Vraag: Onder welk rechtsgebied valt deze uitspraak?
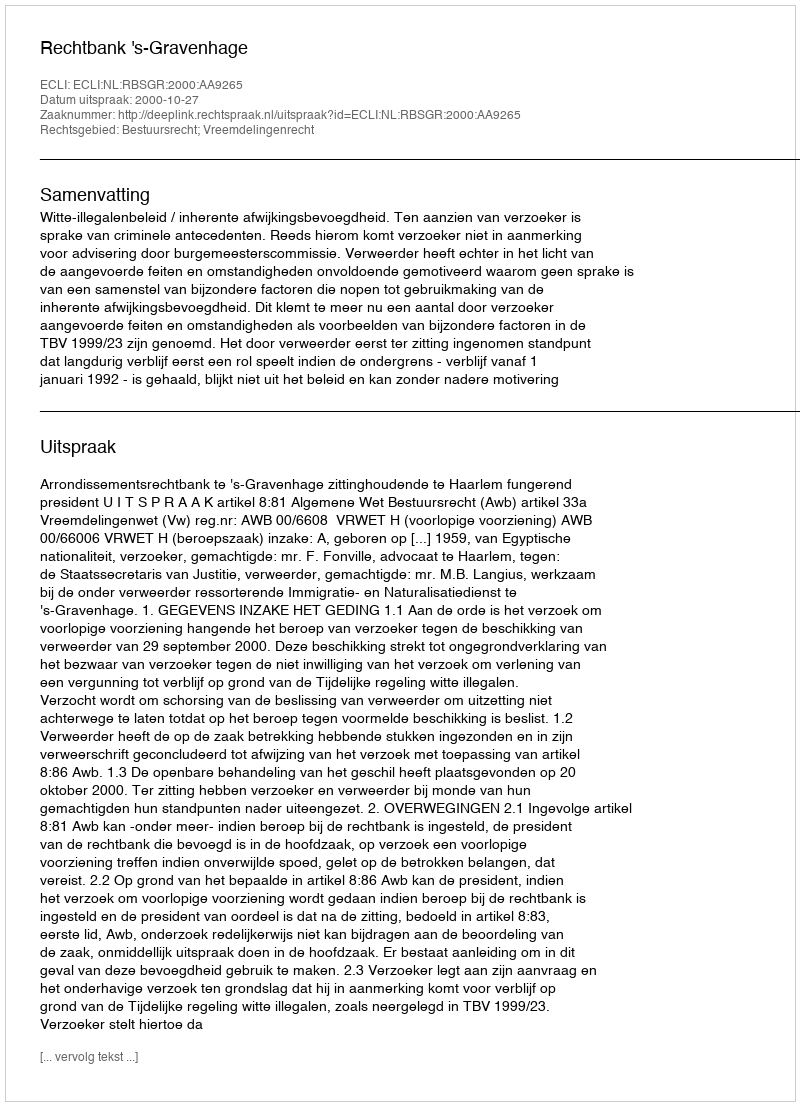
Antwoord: Bestuursrecht; Vreemdelingenrecht